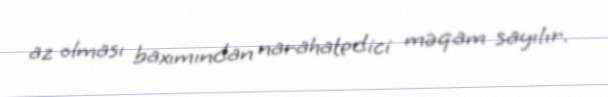
az olması baxımından narahatedici məqam sayılır.